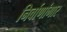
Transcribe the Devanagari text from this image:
निर्वाणांगार